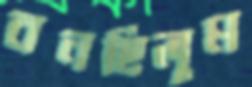
বনছিলুম